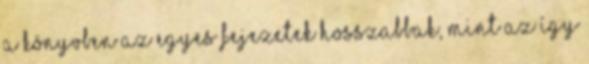
a könyvben az egyes fejezetek hosszabbak, mint az Így